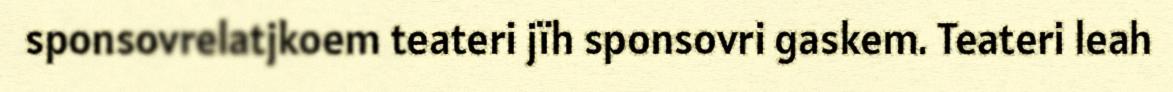
sponsovrelatjkoem teateri jïh sponsovri gaskem. Teateri leah